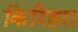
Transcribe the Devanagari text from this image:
किरिहरा